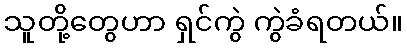
သူတို့တွေဟာ ရှင်ကွဲ ကွဲခံရတယ်။